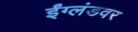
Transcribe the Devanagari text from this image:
ईंग्लंडवर